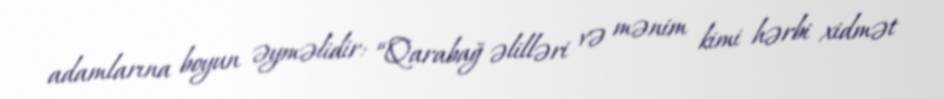
adamlarına boyun əyməlidir: “Qarabağ əlilləri və mənim kimi hərbi xidmət